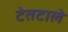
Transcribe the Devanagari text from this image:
टेतटाले